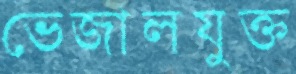
ভেজালযুক্ত